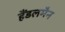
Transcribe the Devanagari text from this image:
हैंडलमैन